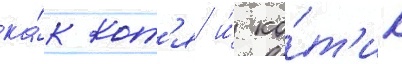
ка́к кот'я и́ ко́т'ик